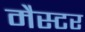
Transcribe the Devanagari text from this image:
मैस्टर